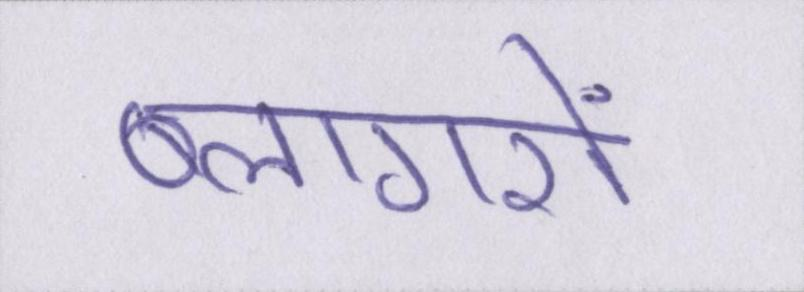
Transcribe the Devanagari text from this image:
ब्लागरों